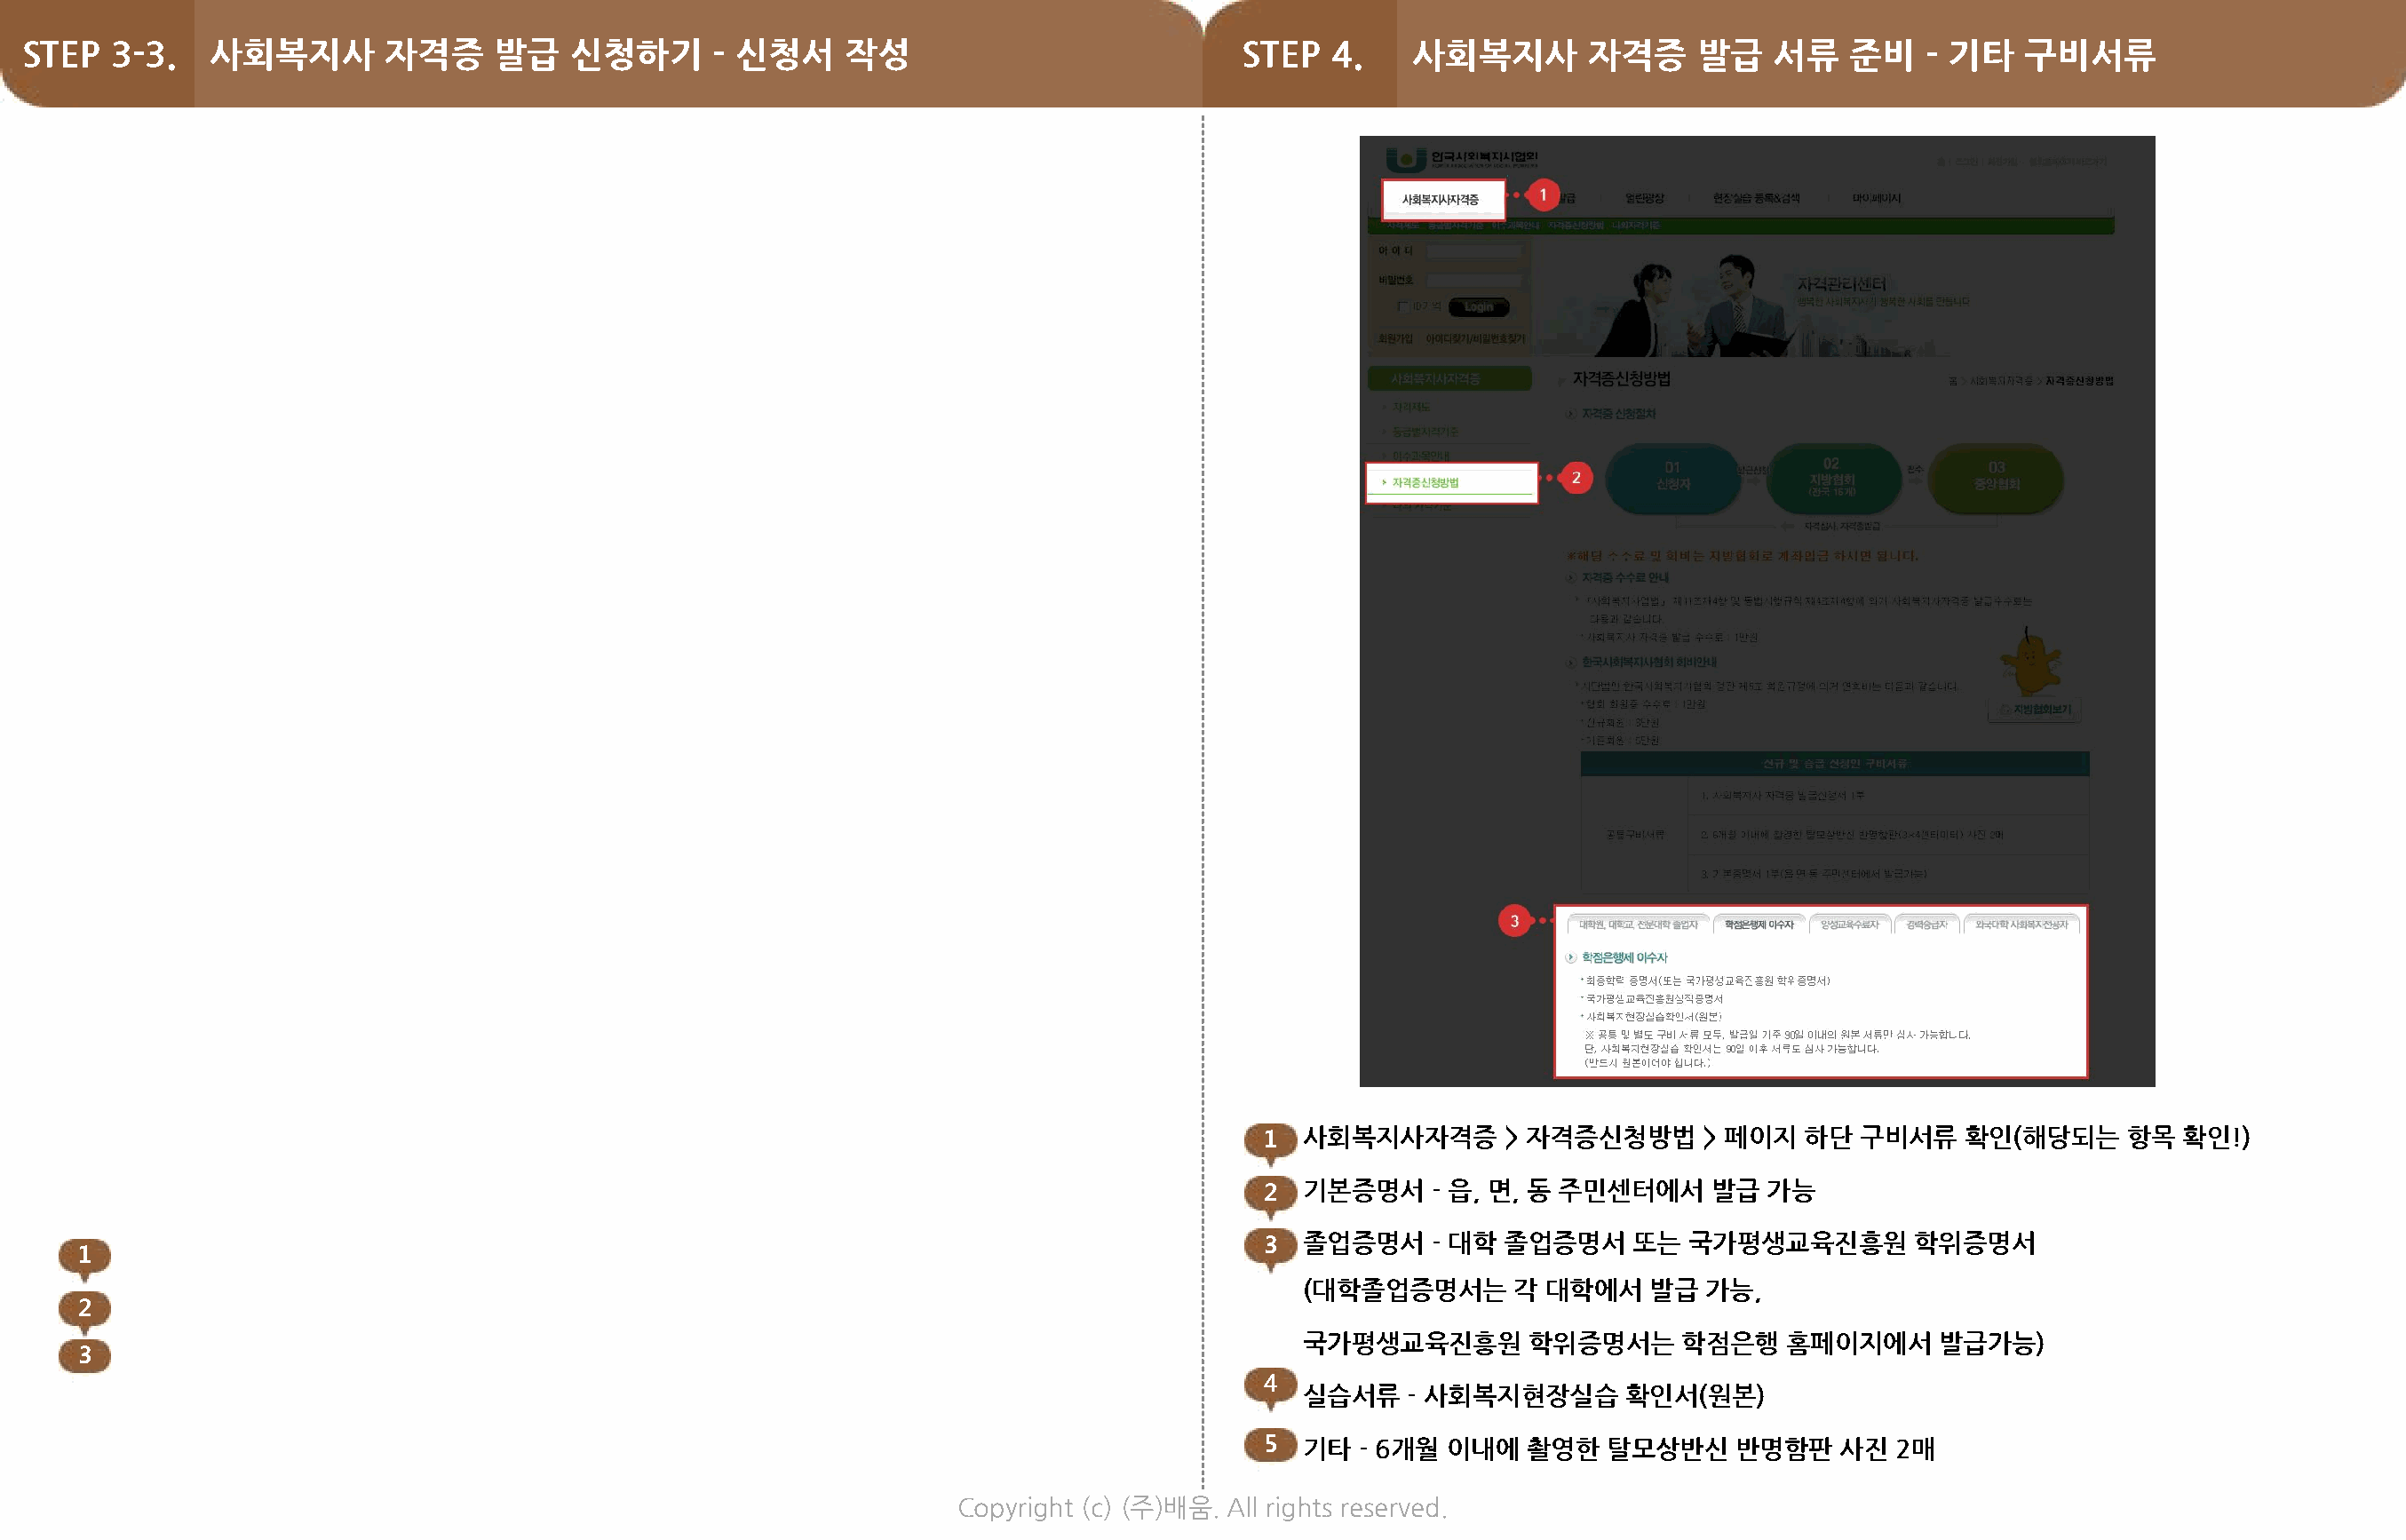
STEP  3-3.    사회복지사        자격증     발급   신청하기       - 신청서     작성                            STEP  4.    사회복지사        자격증     발급    서류    준비   - 기타    구비서류
 1  사회복지사자격증       > 자격증신청방법      > 페이지  하단   구비서류   확인(해당되는     항목   확인!)
 2  기본증명서     - 읍, 면, 동 주민센터에서     발급  가능
 3  졸업증명서     - 대학 졸업증명서     또는  국가평생교육진흥원        학위증명서
 1  1, 2, 3 항목 작성
 (대학졸업증명서는       각 대학에서    발급  가능,
 2  3 항목[사회복지관련      교과목   이수학교]    학교명   > 배움 수강생일    경우,  "국가평생교육진흥원"
 국가평생교육진흥원        학위증명서는     학점은행    홈페이지에서     발급가능)
 으로  기재
 4
 실습서류    - 사회복지현장실습      확인서(원본)
 3  4 항목[실무경험],    [교육훈련]   항목의   경우,  해당사항이    있는  사람만   기재
 5  기타  - 6개월  이내에   촬영한   탈모상반신    반명함판    사진  2매
 Copyright (c) (주)배움. All rights reserved.